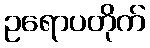
ဥရောပတိုက်